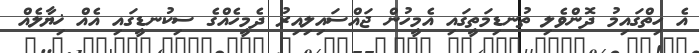
އެ ހިތްގައިމު ދޮންވެލި ތުނޑިމަތީގައި އެމީހުން ޖައްސައިލިއިރު ދެމީހެއްގެ ސިކުނޑީގައި އެއް ޚިޔާލެއް